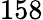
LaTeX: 158